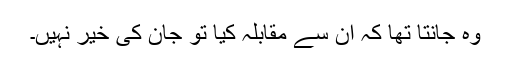
وہ جانتا تھا کہ ان سے مقابلہ کیا تو جان کی خیر نہیں۔